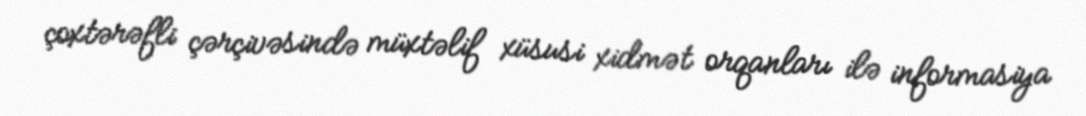
çoxtərəfli çərçivəsində müxtəlif xüsusi xidmət orqanları ilə informasiya